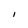
Character: i